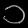
Digit: ၁